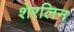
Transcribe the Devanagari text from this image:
शेरलिन